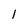
Character: I